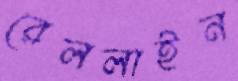
রেললাইন